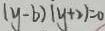
( y - b ) ( y + 2 ) = 0